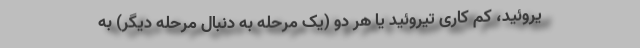
یروئید، کم کاری تیروئید یا هر دو (یک مرحله به دنبال مرحله دیگر) به